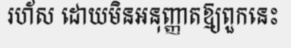
រហ័ស ដោយមិនអនុញ្ញាតឱ្យពួកនេះ